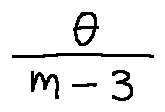
\frac { \theta } { m - 3 }